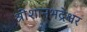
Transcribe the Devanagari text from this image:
श्रीशानभद्रेश्वर